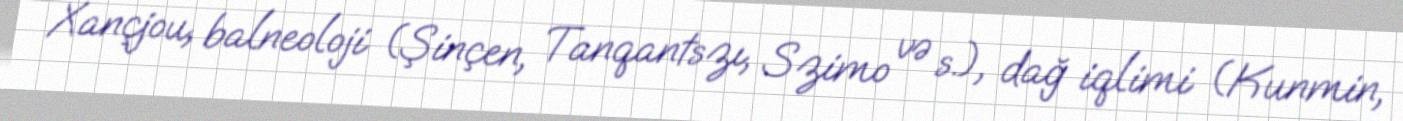
Xançjou, balneoloji (Şinçen, Tanqantszı, Szimo və s.), dağ iqlimi (Kunmin,